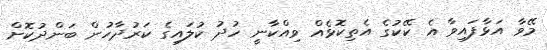
މޭވާ އަޅާފައިވާ އެ ކޭކުގެ އެތިކޮޅެއް ވިއްކާނީ ހުދު ކުލައިގެ ކަރުދާހުން ބަންދުކޮށް